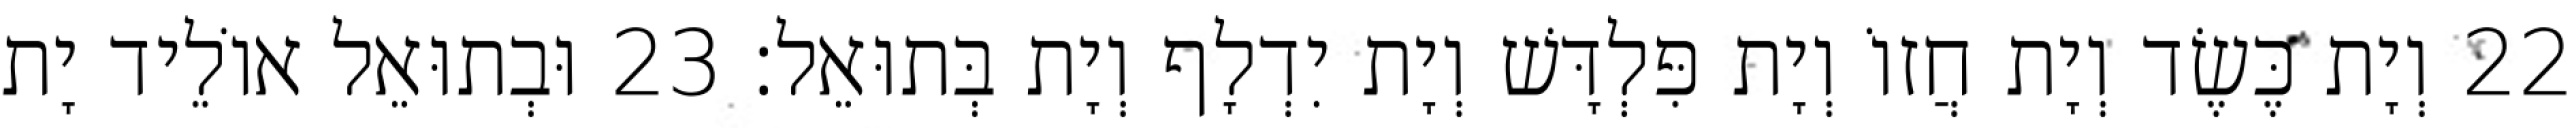
22 וְיָת כֶּשֶׂד וְיָת חֲזוֹ וְיָת פִּלְדָּשׁ וְיָת יִדְלָף וְיָת בְּתוּאֵל׃ 23 וּבְתוּאֵל אוֹלֵיד יָת